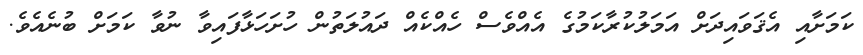
ކަމަށާއި އެޤަވައިދަށް އަމަލުކުރާކަމުގެ އެއްވެސް ހެއްކެއް ދައުލަތުން ހުށަހަޅާފައިވާ ނުވާ ކަމަށް ބުނެއެވެ.